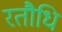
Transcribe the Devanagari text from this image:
रतौधि